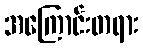
အကြောင်းတရား